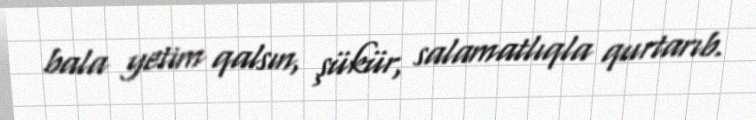
bala yetim qalsın, şükür, salamatlıqla qurtarıb.